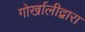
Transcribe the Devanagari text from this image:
गोर्खालीद्वारा